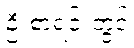
ဦးစာရင်းတွင်